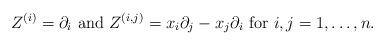
LaTeX: \begin{align*} Z^{(i)} =\partial_i \mbox{ and } Z^{(i,j)}= x_i \partial_j - x_j \partial_i \mbox{ for }i, j=1,\dots, n.\end{align*}